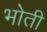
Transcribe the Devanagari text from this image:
भोती